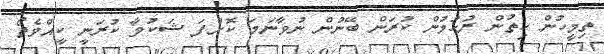
ތިމީހުން ހިތުން ރުހުމުން ކުރަން ބޭނުން ނުވާނަމަ ކޮށްފަ ޝަކުވާ ކުރަނީ ކީއްވެތޯ